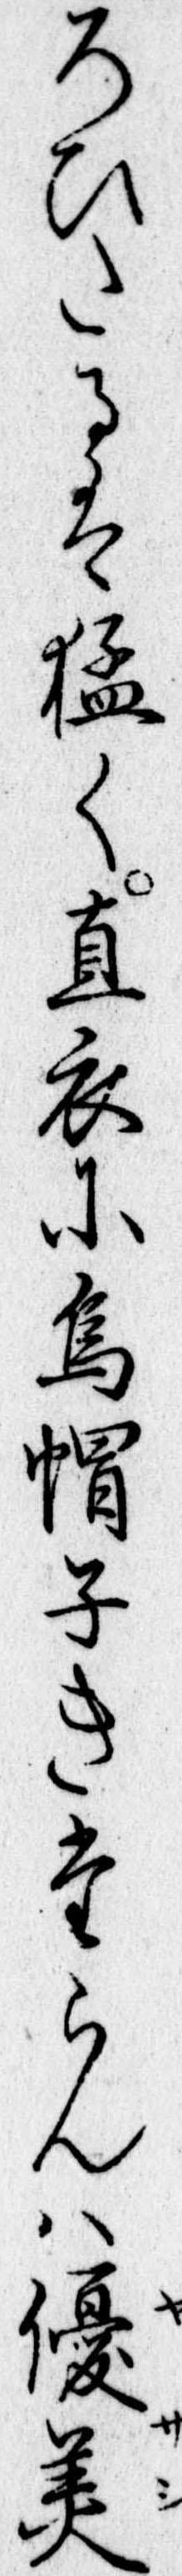
ろひたるは猛く直衣に烏㡌子きたらんは優美